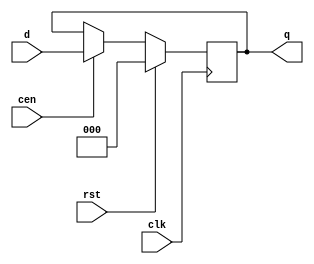
module DFF_para(d, rst, clk, cen,q);
	parameter WIDTH = 3;
	parameter RST_MODE = "SYNC";

	input [WIDTH-1 : 0] d;
	input rst,clk,cen;
	output reg [WIDTH-1 : 0] q;
	//output qbar;
	generate
		if(RST_MODE == "ASYNC") begin
			always @(posedge clk or posedge rst) begin
				if (rst) begin
					q <= {WIDTH{1'b0}};
				end
				else begin
					if(cen) begin
						q <= d;	
					end
				end
			end
		end
		else if(RST_MODE == "SYNC") begin
			always @(posedge clk) begin
				
				if (rst) begin //16/8/2023 updated to make rst have the highest priority
					q <= {WIDTH{1'b0}};
				end
				else if(cen) begin
					//else begin
						q <= d;
					//end
				end
			end
		end
	endgenerate
	//assign qbar = ~q;
endmodule